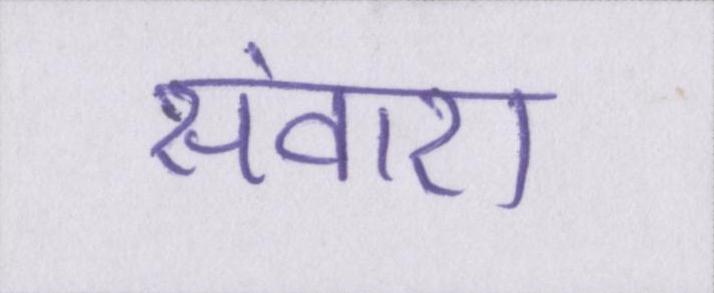
संवारा